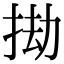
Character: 𢬱